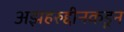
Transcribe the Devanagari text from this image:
अझहरुद्दीनकडून